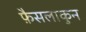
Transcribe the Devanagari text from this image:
फ़ैसलाकुन